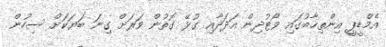
އެމްޑީޕީ އިންތިޚާބުގައި ވޯޓުދިން އަދަދާއި ގުޅޭ ގޮތުން ވަރަށް ގިނަ ބަޔަކަށް ސިހުން